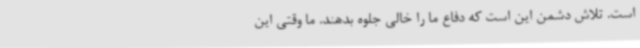
است. تلاش دشمن این است که دفاع ما را خالی جلوه بدهند. ما وقتی این